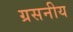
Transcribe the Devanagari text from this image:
ग्रसनीय